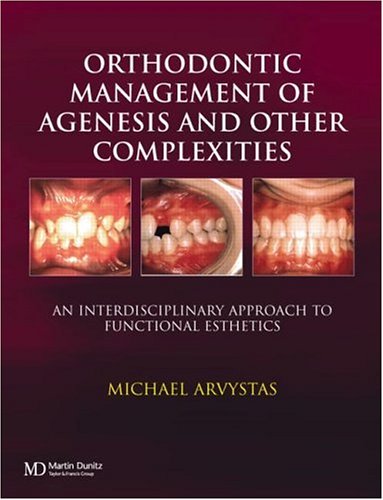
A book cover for Orthodontic Management of Agenesis and Other Complexities; Michael Arvystas; Medical Books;